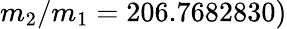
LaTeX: m_{2}/m_{1}=206.7682830)